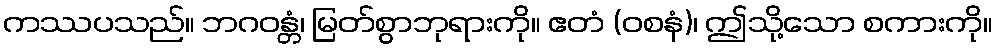
ကဿပသည်။ ဘဂဝန္တံ၊ မြတ်စွာဘုရားကို။ ဧတံ (ဝစနံ)၊ ဤသို့သော စကားကို။